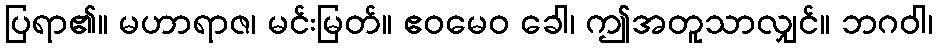
ပြရာ၏။ မဟာရာဇ၊ မင်းမြတ်။ ဧဝမေဝ ခေါ၊ ဤအတူသာလျှင်။ ဘဂဝါ၊